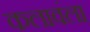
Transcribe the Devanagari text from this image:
कलावंला